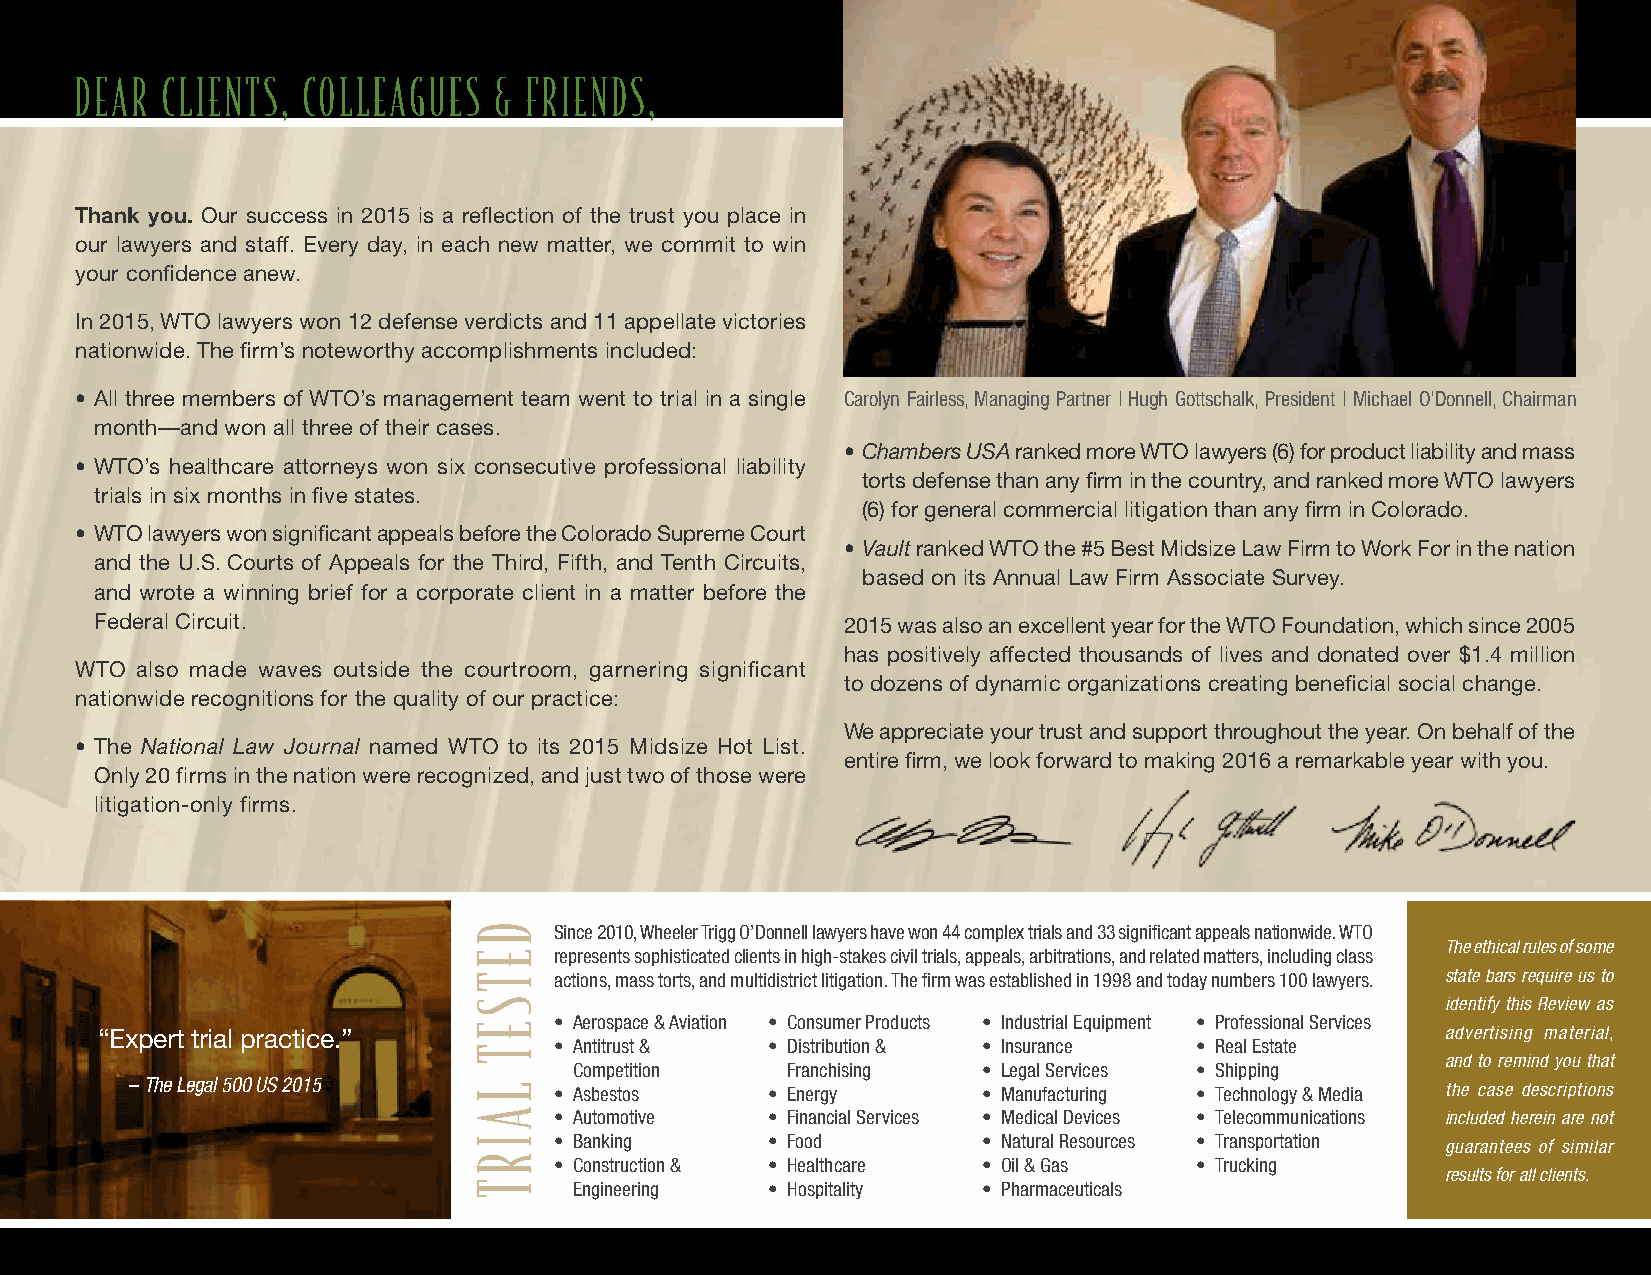
DEAR  CLIENTS, COLLEAGUES   & FRIENDS,
 Thank you. Our success in 2015 is a reflection of the trust you place in
 our lawyers and staff. Every day, in each new matter, we commit to win
 your confidence anew.
 In 2015, WTO lawyers won 12 defense verdicts and 11 appellate victories
 nationwide. The firm’s noteworthy accomplishments included:
 • All three members of WTO’s management team went to trial in a single Carolyn Fairless, Managing Partner | Hugh Gottschalk, President | Michael O’Donnell, Chairman
 month—and won all three of their cases.
 • Chambers USA ranked more WTO lawyers (6) for product liability and mass
 • WTO’s healthcare attorneys won six consecutive professional liability
 torts defense than any firm in the country, and ranked more WTO lawyers
 trials in six months in five states.
 (6) for general commercial litigation than any firm in Colorado.
 • WTO lawyers won significant appeals before the Colorado Supreme Court
 • Vault ranked WTO the #5 Best Midsize Law Firm to Work For in the nation
 and the U.S. Courts of Appeals for the Third, Fifth, and Tenth Circuits,
 based on its Annual Law Firm Associate Survey.
 and wrote a winning brief for a corporate client in a matter before the
 Federal Circuit.                                  2015 was also an excellent year for the WTO Foundation, which since 2005
 has positively affected thousands of lives and donated over $1.4 million
 WTO also made waves outside the courtroom, garnering significant
 to dozens of dynamic organizations creating beneficial social change.
 nationwide recognitions for the quality of our practice:
 We appreciate your trust and support throughout the year. On behalf of the
 • The National Law Journal named WTO to its 2015 Midsize Hot List.
 entire firm, we look forward to making 2016 a remarkable year with you.
 Only 20 firms in the nation were recognized, and just two of those were
 litigation-only firms.
 Since 2010, Wheeler Trigg O’Donnell lawyers have won 44 complex trials and 33 significant appeals nationwide. WTO
 The ethical rules of some
 represents sophisticated clients in high-stakes civil trials, appeals, arbitrations, and related matters, including class
 actions, mass torts, and multidistrict litigation. The firm was established in 1998 and today numbers 100 lawyers. state bars require us to
 identify this Review as
 • Aerospace & Aviation • Consumer Products • Industrial Equipment • Professional Services
 “Expert trial practice.”                                                                  advertising material,
 • Antitrust & • Distribution & • Insurance • Real Estate
 and to remind you that
 Competition   Franchising  • Legal Services • Shipping
 – The Legal 500 US 2015     • Asbestos    • Energy      • Manufacturing • Technology & Media the case descriptions
 • Automotive  • Financial Services • Medical Devices • Telecommunications included herein are not
 • Banking     • Food        • Natural Resources • Transportation guarantees of similar
 • Construction & • Healthcare • Oil & Gas • Trucking
 results for all clients.
 Engineering  • Hospitality • Pharmaceuticals
 DETSET
 LAIRT